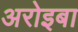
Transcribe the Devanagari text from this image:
अरोइबा